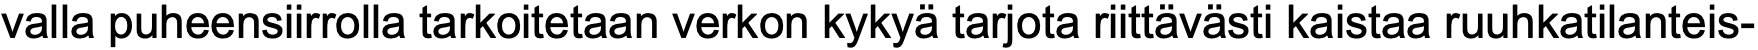
valla puheensiirrolla tarkoitetaan verkon kykyä tarjota riittävästi kaistaa ruuhkatilanteis-